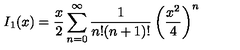
I _ { 1 } ( x ) = \frac { x } { 2 } \sum _ { n = 0 } ^ { \infty } \frac { 1 } { n ! ( n + 1 ) ! } \left( \frac { x ^ { 2 } } { 4 } \right) ^ { n }